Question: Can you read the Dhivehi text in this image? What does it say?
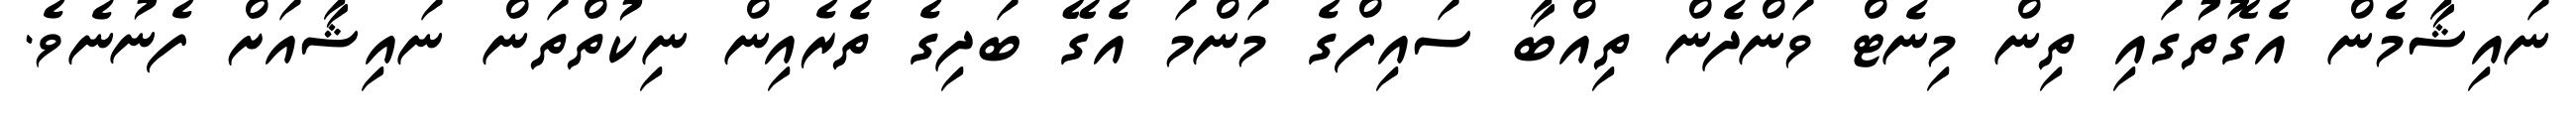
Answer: ނައިޝާމެން އެގޮތުގައި ތިން މިނެޓް ވަންދެން ތިއްބާ ސައިފްގެ މަންމަ އެގޭ ބަދިގެ ތެރެއިން ނިކުތްތަން ނައިޝާއަށް ފެނުނެވެ.